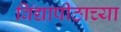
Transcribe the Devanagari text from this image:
विद्यापीठाच्‍या